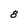
Character: 8